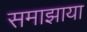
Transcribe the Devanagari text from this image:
समाझाया